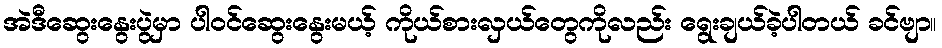
အဲဒီဆွေးနွေးပွဲမှာ ပါဝင်ဆွေးနွေးမယ့် ကိုယ်စားလှယ်တွေကိုလည်း ရွေးချယ်ခဲ့ပါတယ် ခင်ဗျာ။